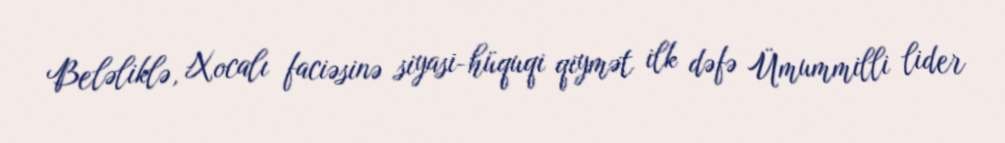
Beləliklə, Xocalı faciəsinə siyasi-hüquqi qiymət ilk dəfə Ümummilli lider